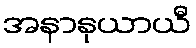
အနာနုယာယီ